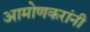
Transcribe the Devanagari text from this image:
आमोणकरांनी